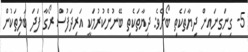
5- ގިނަގިނައިން ދިޔާތަކެތި ބޯށެވެ: ދިޔާތަކެތި ބޭނުންކުރުމަކީ އަރިދަފުސް ރޯގާ ފަދަ ބަލިތަކުން